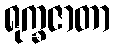
ရုက္ခဇာတာ